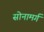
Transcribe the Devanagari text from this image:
सोनामर्ग